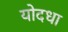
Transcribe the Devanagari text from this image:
योदधा